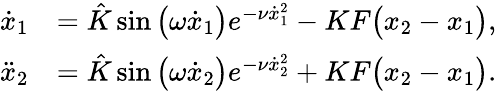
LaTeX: \begin{array}{rl}{\dot{x}_{1}}&{=\hat{K}\sin\big(\omega\dot{x}_{1}\big)e^{-\nu\dot{x}_{1}^{2}}-KF\big({x}_{2}-{x}_{1}\big),}\\ {\ddot{x}_{2}}&{=\hat{K}\sin\big(\omega\dot{x}_{2}\big)e^{-\nu\dot{x}_{2}^{2}}+KF\big({x}_{2}-{x}_{1}\big).}\end{array}